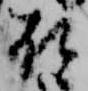
殿